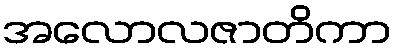
အလောလဇာတိကာ